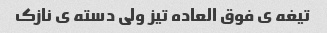
تیغه ی فوق العاده تیز ولی دسته ی نازک